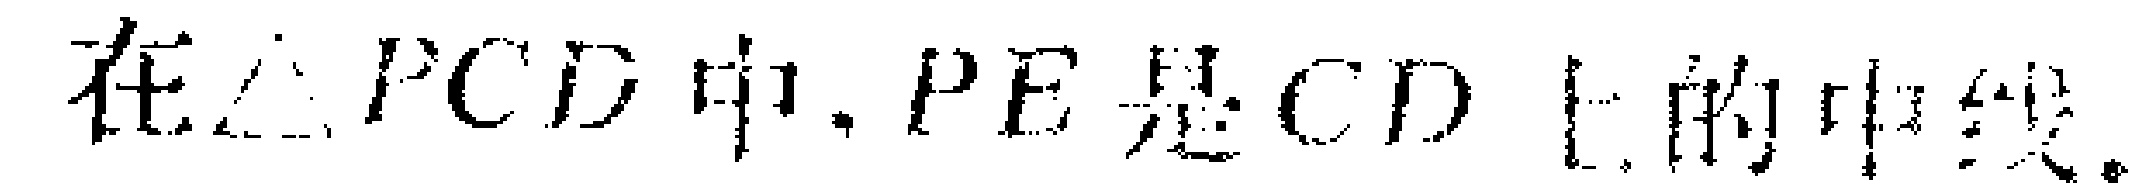
在$\triangle PCD$中，$PE$是$CD$上的中线。